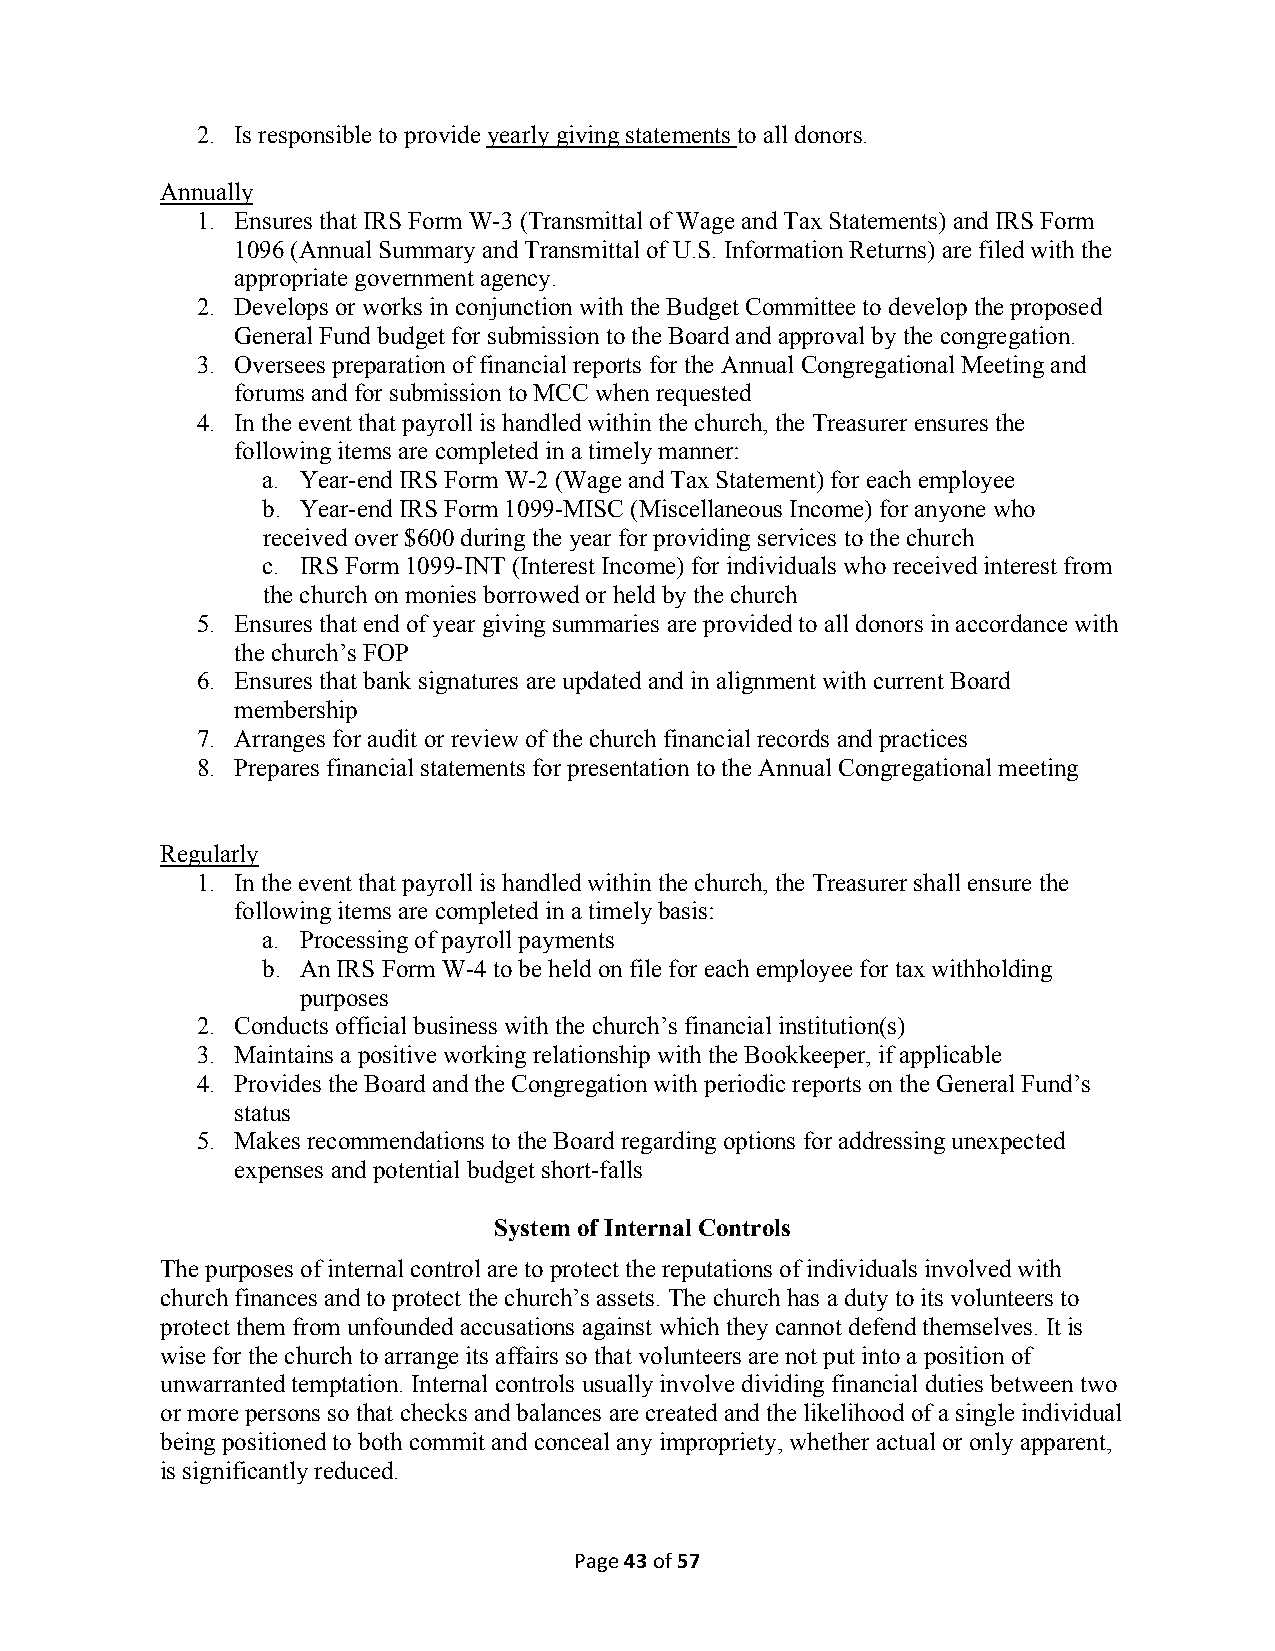
2. Is responsible to provide yearly giving statements to all donors.
 Annually
 1. Ensures that IRS Form W-3 (Transmittal of Wage and Tax Statements) and IRS Form
 1096 (Annual Summary and Transmittal of U.S. Information Returns) are filed with the
 appropriate government agency.
 2. Develops or works in conjunction with the Budget Committee to develop the proposed
 General Fund budget for submission to the Board and approval by the congregation.
 3. Oversees preparation of financial reports for the Annual Congregational Meeting and
 forums and for submission to MCC when requested
 4. In the event that payroll is handled within the church, the Treasurer ensures the
 following items are completed in a timely manner:
 a. Year-end IRS Form W-2 (Wage and Tax Statement) for each employee
 b. Year-end IRS Form 1099-MISC (Miscellaneous Income) for anyone who
 received over $600 during the year for providing services to the church
 c. IRS Form 1099-INT (Interest Income) for individuals who received interest from
 the church on monies borrowed or held by the church
 5. Ensures that end of year giving summaries are provided to all donors in accordance with
 the church’s FOP
 6. Ensures that bank signatures are updated and in alignment with current Board
 membership
 7. Arranges for audit or review of the church financial records and practices
 8. Prepares financial statements for presentation to the Annual Congregational meeting
 Regularly
 1. In the event that payroll is handled within the church, the Treasurer shall ensure the
 following items are completed in a timely basis:
 a. Processing of payroll payments
 b. An IRS Form W-4 to be held on file for each employee for tax withholding
 purposes
 2. Conducts official business with the church’s financial institution(s)
 3. Maintains a positive working relationship with the Bookkeeper, if applicable
 4. Provides the Board and the Congregation with periodic reports on the General Fund’s
 status
 5. Makes recommendations to the Board regarding options for addressing unexpected
 expenses and potential budget short-falls
 System of Internal Controls
 The purposes of internal control are to protect the reputations of individuals involved with
 church finances and to protect the church’s assets. The church has a duty to its volunteers to
 protect them from unfounded accusations against which they cannot defend themselves. It is
 wise for the church to arrange its affairs so that volunteers are not put into a position of
 unwarranted temptation. Internal controls usually involve dividing financial duties between two
 or more persons so that checks and balances are created and the likelihood of a single individual
 being positioned to both commit and conceal any impropriety, whether actual or only apparent,
 is significantly reduced.
 Page 43 of 57